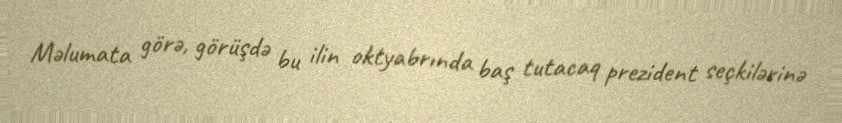
Məlumata görə, görüşdə bu ilin oktyabrında baş tutacaq prezident seçkilərinə